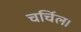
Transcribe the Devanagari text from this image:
चर्चिल।